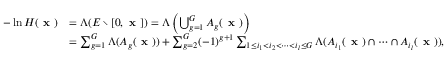
\begin{array} { r l } { - \ln H ( \textbf { x } ) } & { = \Lambda ( E \setminus [ 0 , \textbf { x } ] ) = \Lambda \left( \bigcup _ { g = 1 } ^ { G } A _ { g } ( \textbf { x } ) \right) } \\ & { = \sum _ { g = 1 } ^ { G } \Lambda ( A _ { g } ( \textbf { x } ) ) + \sum _ { g = 2 } ^ { G } ( - 1 ) ^ { g + 1 } \sum _ { 1 \leq i _ { 1 } < i _ { 2 } < \dots < i _ { l } \leq G } \Lambda ( A _ { i _ { 1 } } ( \textbf { x } ) \cap \dots \cap A _ { i _ { l } } ( \textbf { x } ) ) , } \end{array}